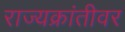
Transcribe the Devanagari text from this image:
राज्यक्रांतीवर